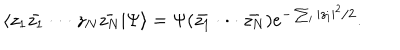
LaTeX: \langle z _ { 1 } \bar { z _ { 1 } } \cdot \cdot \cdot z _ { N } \bar { z _ { N } } | \Psi \rangle = \Psi ( \bar { z _ { 1 } } \cdot \cdot \cdot \bar { z _ { N } } ) e ^ { - \sum _ { i } | z _ { i } | ^ { 2 } / 2 } .